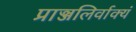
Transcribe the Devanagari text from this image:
प्राञ्जलिर्वाक्यं